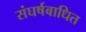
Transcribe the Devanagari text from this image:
संघर्षबाधित